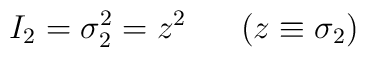
I_2 = \sigma_2^2 = z^2~~~~~(z \equiv \sigma_2)